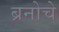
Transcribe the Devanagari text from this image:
ब्रनोचे